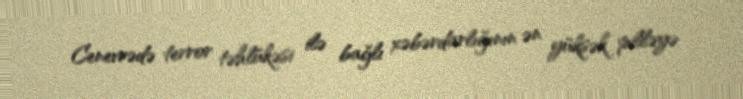
Cenevrədə terror təhlükəsi ilə bağlı xəbərdarlığının ən yüksək pilləyə